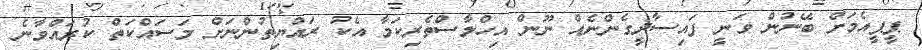
ޕީޕީއެމަށް ބޭނުން ވަނީ ފައިސާދީގެންނެއް ނޫން އިހްލާސްތެރިކަމާ އެކު ރައްޔިތުންނަށް މަސައްކަތް ކުރައްވާނެ